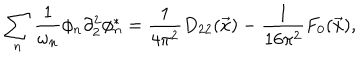
\sum _ { n } \frac { 1 } { \omega _ { n } } \phi _ { n } \partial _ { 2 } ^ { 2 } \phi _ { n } ^ { * } = \frac { 1 } { 4 \pi ^ { 2 } } D _ { 2 2 } ( \vec { x } ) - \frac { 1 } { 1 6 \pi ^ { 2 } } F _ { 0 } ( \vec { x } ) ,